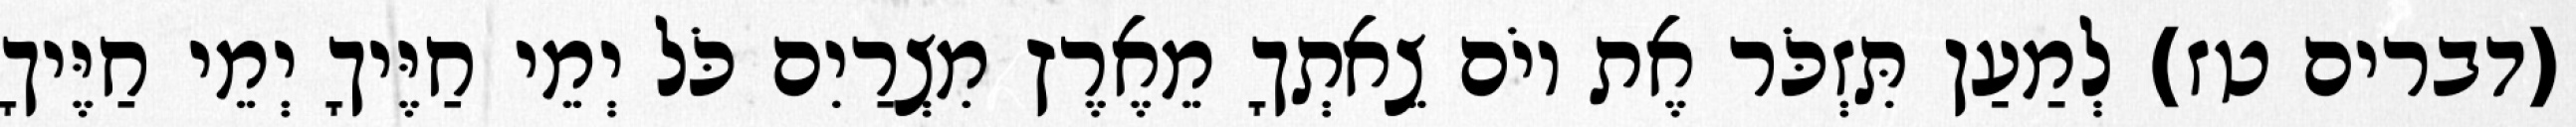
(דברים טז) לְמַעַן תִּזְכֹּר אֶת יוֹם צֵאתְךָ מֵאֶרֶץ מִצְרַיִם כֹּל יְמֵי חַיֶּיךָ יְמֵי חַיֶּיךָ